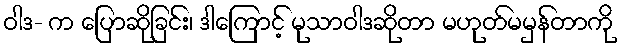
ဝါဒ- က ပြောဆိုခြင်း၊ ဒါကြောင့် မုသာဝါဒဆိုတာ မဟုတ်မမှန်တာကို